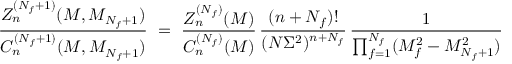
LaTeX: \frac { Z _ { n } ^ { ( N _ { f } + 1 ) } ( M , M _ { N _ { f } + 1 } ) } { C _ { n } ^ { ( N _ { f } + 1 ) } ( M , M _ { N _ { f } + 1 } ) } \ = \ \frac { Z _ { n } ^ { ( N _ { f } ) } ( M ) } { C _ { n } ^ { ( N _ { f } ) } ( M ) } \, \frac { ( n + N _ { f } ) ! } { ( N \Sigma ^ { 2 } ) ^ { n + N _ { f } } } \, \frac { 1 } { \prod _ { f = 1 } ^ { N _ { f } } ( M _ { f } ^ { 2 } - M _ { N _ { f } + 1 } ^ { 2 } ) }